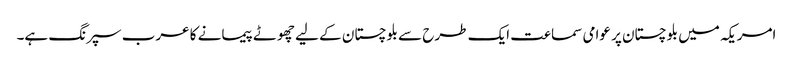
امریکہ میں بلوچستان پر عوامی سماعت ایک طرح سے بلوچستان کے لیے چھوٹے پیمانے کا عرب سپرنگ ہے۔